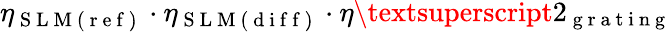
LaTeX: \eta_{\mathrm{~S~L~M~(~r~e~f~)~}}\cdot\eta_{\mathrm{~S~L~M~(~d~i~f~f~)~}}\cdot\eta\textsuperscript{2}_{\mathrm{~g~r~a~t~i~n~g~}}